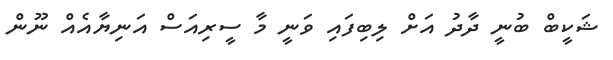
ޝަކީބް ބުނީ ދާދު އަށް ލިބިފައި ވަނީ މާ ސީރިއަސް އަނިޔާއެއް ނޫން